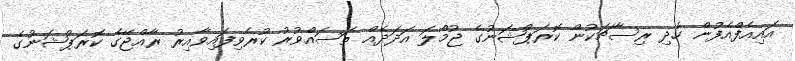
އައިއެފްއެފުން ހެދި ރިސާޗަކުން ކޮރަޕްޝަނުގެ ޖުމްލަ އަދަދެއް ތަސައްވުރު ކުރެވިފައިވާއިރު ރާއްޖޭގެ ކޮރަޕްޝަނުގެ